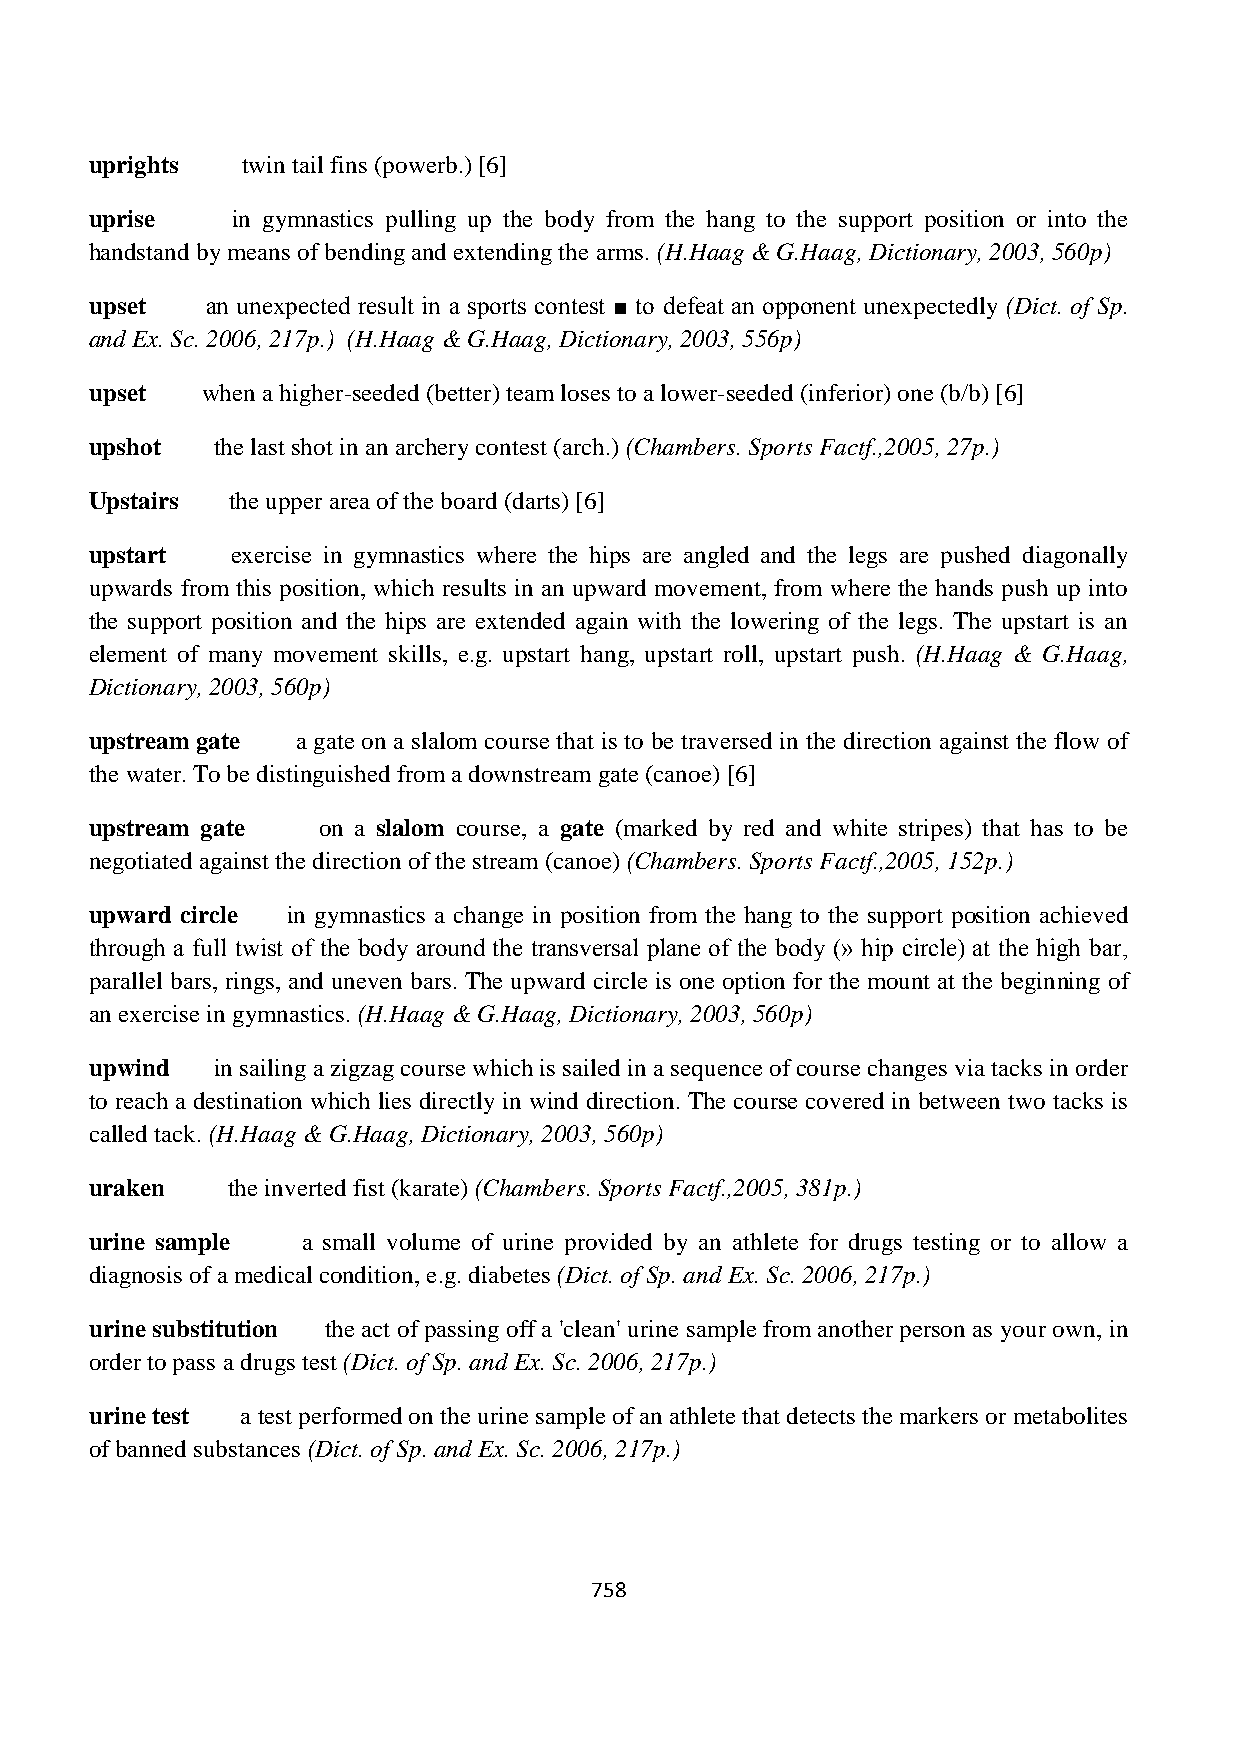
uprights  twin tail fins (powerb.) [6]
 uprise   in gymnastics pulling up the body from the hang to the support position or into the
 handstand by means of bending and extending the arms. (H.Haag & G.Haag, Dictionary, 2003, 560p)
 upset   an unexpected result in a sports contest ■ to defeat an opponent unexpectedly (Dict. of Sp.
 and Ex. Sc. 2006, 217p.) (H.Haag & G.Haag, Dictionary, 2003, 556p)
 upset  when a higher-seeded (better) team loses to a lower-seeded (inferior) one (b/b) [6]
 upshot  the last shot in an archery contest (arch.) (Chambers. Sports Factf.,2005, 27p.)
 Upstairs the upper area of the board (darts) [6]
 upstart  exercise in gymnastics where the hips are angled and the legs are pushed diagonally
 upwards from this position, which results in an upward movement, from where the hands push up into
 the support position and the hips are extended again with the lowering of the legs. The upstart is an
 element of many movement skills, e.g. upstart hang, upstart roll, upstart push. (H.Haag & G.Haag,
 Dictionary, 2003, 560p)
 upstream gate a gate on a slalom course that is to be traversed in the direction against the flow of
 the water. To be distinguished from a downstream gate (canoe) [6]
 upstream gate  on a slalom course, a gate (marked by red and white stripes) that has to be
 negotiated against the direction of the stream (canoe) (Chambers. Sports Factf.,2005, 152p.)
 upward circle in gymnastics a change in position from the hang to the support position achieved
 through a full twist of the body around the transversal plane of the body (» hip circle) at the high bar,
 parallel bars, rings, and uneven bars. The upward circle is one option for the mount at the beginning of
 an exercise in gymnastics. (H.Haag & G.Haag, Dictionary, 2003, 560p)
 upwind  in sailing a zigzag course which is sailed in a sequence of course changes via tacks in order
 to reach a destination which lies directly in wind direction. The course covered in between two tacks is
 called tack. (H.Haag & G.Haag, Dictionary, 2003, 560p)
 uraken   the inverted fist (karate) (Chambers. Sports Factf.,2005, 381p.)
 urine sample  a small volume of urine provided by an athlete for drugs testing or to allow a
 diagnosis of a medical condition, e.g. diabetes (Dict. of Sp. and Ex. Sc. 2006, 217p.)
 urine substitution the act of passing off a 'clean' urine sample from another person as your own, in
 order to pass a drugs test (Dict. of Sp. and Ex. Sc. 2006, 217p.)
 urine test a test performed on the urine sample of an athlete that detects the markers or metabolites
 of banned substances (Dict. of Sp. and Ex. Sc. 2006, 217p.)
 758